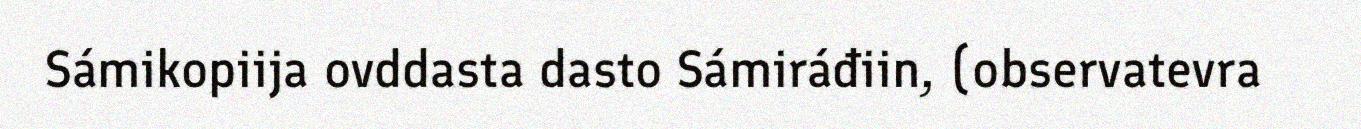
Sámikopiija ovddasta dasto Sámiráđiin, (observatevra